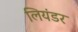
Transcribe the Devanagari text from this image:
लियंडर